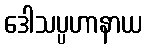
ဒေါသပ္ပဟာနာယ